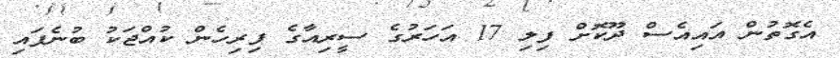
އެގޮތުން އައިއެސް ދޫކޮށް ފިލި 17 އަހަރުގެ ސީރިއާގެ ފިރިހެން ކުއްޖަކު ބުނެފައި